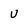
Character: U